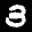
Label: 3